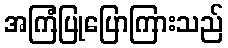
အကြံပြုပြောကြားသည်